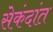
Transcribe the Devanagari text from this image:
सेकंदांत